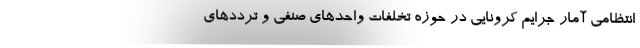
انتظامی آمار جرایم کرونایی در حوزه تخلفات واحدهای صنفی و ترددهای